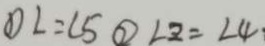
\textcircled { 1 } L = \angle 5 \textcircled { 2 } \angle 2 = \angle 4